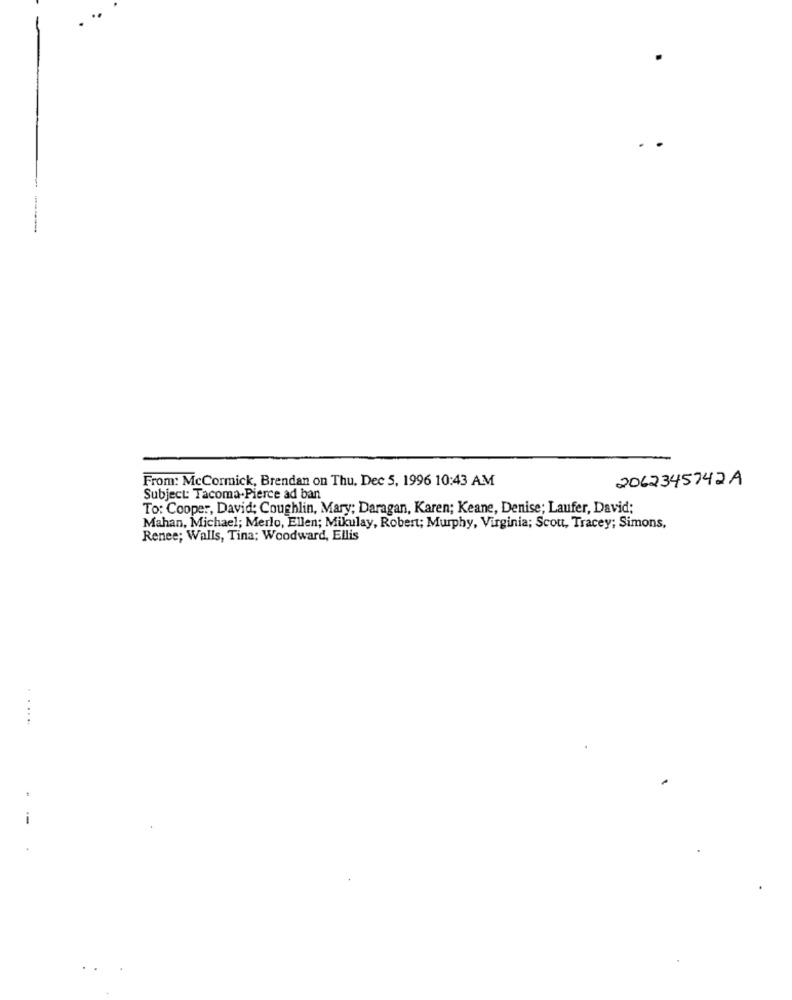
From: McCormick, Brendan on Thu. Dec 5, 1996 10:43 AM
2062345742A
Subject: Tacoma-Pierce ad ban
To: Cooper, David: Coughlin, Mary; Daragan, Karen; Keane, Denise; Laufer, David;
Mahan, Michael; Merlo, Ellen; Mikulay, Robert; Murphy, Virginia; Scott, Tracey; Simons,
Renee; Walls, Tina; Woodward, Ellis
...